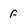
Character: f